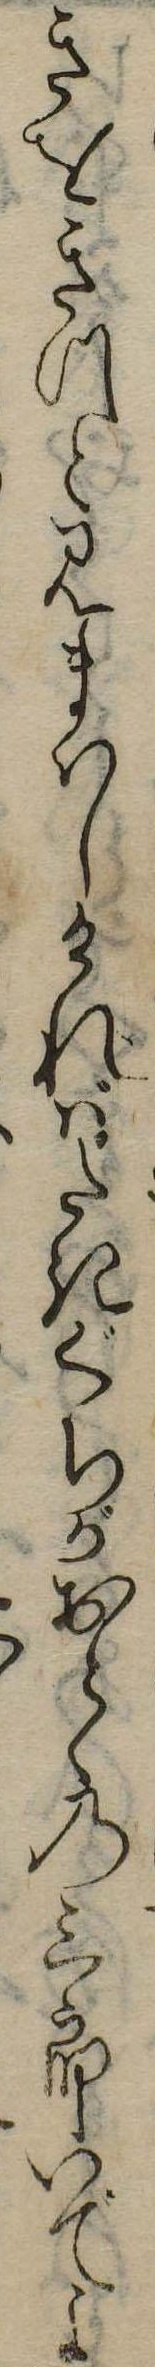
きをきつと見まはしければたきぐちがおとゝの三郎いでよ